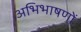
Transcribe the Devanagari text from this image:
अभिभाषणों